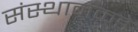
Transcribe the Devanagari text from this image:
संस्थानकडे